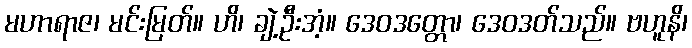
မဟာရာဇ၊ မင်းမြတ်။ ဟိ၊ ချဲ့ဦးအံ့။ ဒေဝဒတ္တော၊ ဒေဝဒတ်သည်။ ဗဟူနိ၊